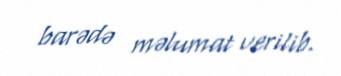
barədə məlumat verilib.